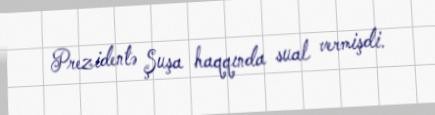
Prezidentə Şuşa haqqında sual vermişdi.